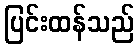
ပြင်းထန်သည်